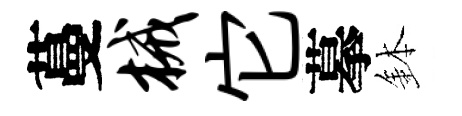
蔓械它摹鉢